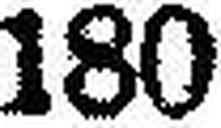
180